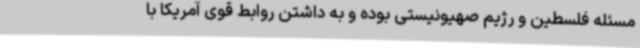
مسئله فلسطین و رژیم صهیونیستی بوده و به داشتن روابط قوی آمریکا با